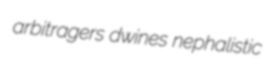
arbitragers dwines nephalistic